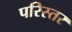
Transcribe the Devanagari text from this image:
परिस्तर